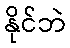
နိုင်ဘဲ